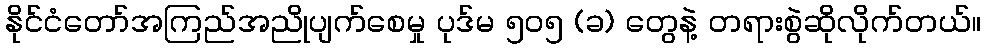
နိုင်ငံတော်အကြည်အညိုပျက်စေမှု ပုဒ်မ ၅၀၅ (ခ) တွေနဲ့ တရားစွဲဆိုလိုက်တယ်။